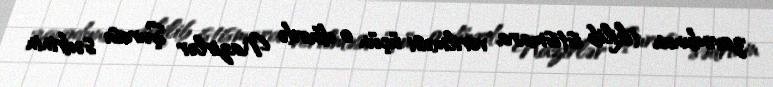
zavodunun tikilib istismara verilməsi üçün o dövrdə Nazirlər Şurası sədrinin